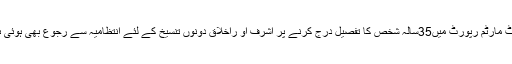
پوسٹ مارٹم رپورٹ میں35سالہ شخص کا تفصیل درج کرنے پر اشرف او راخلاق دونوں تنسیخ کے لئے انتظامیہ سے رجوع بھی ہوئی ہیں ۔